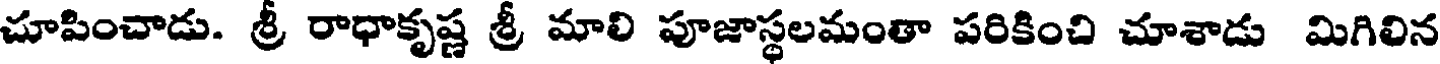
చూపించాడు. శ్రీ రాధాకృష్ణ శ్రీ మాలి పూజాస్థలమంతా పరికించి చూశాడు మిగిలిన